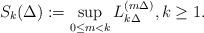
LaTeX: \begin{align*}S_k(\Delta) := \sup_{0\leq m<k}L_{k\Delta}^{(m\Delta)},k\geq 1.\end{align*}